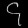
Digit: ၄